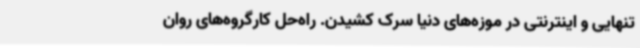
تنهایی و اینترنتی در موزه‌های دنیا سرک کشیدن. راه‌حل کارگروه‌های روان